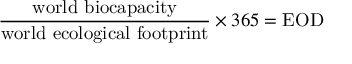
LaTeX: { \frac { \mathrm { w o r l d ~ b i o c a p a c i t y } } { \mathrm { w o r l d ~ e c o l o g i c a l ~ f o o t p r i n t } } } \times 3 6 5 = { \mathrm { E O D } }